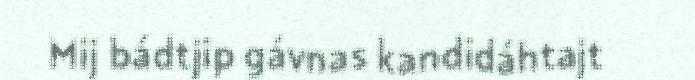
Mij bádtjip gávnas kandidáhtajt